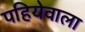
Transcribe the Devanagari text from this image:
पहियेवाला